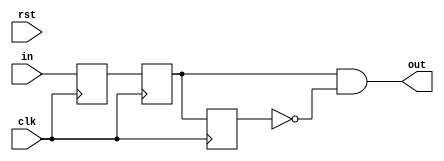
`timescale 1ns / 1ps
//////////////////////////////////////////////////////////////////////////////////
// Company: 
// Engineer: 
// 
// Design Name: 
// Module Name: pulser
// Project Name: 
// Target Devices: 
// Tool Versions: 
// Description: 
// 
// Dependencies: 
// 
// Revision:
// Revision 0.01 - File Created
// Additional Comments:
// 
//////////////////////////////////////////////////////////////////////////////////

module pulser(
    input       clk,
    input       rst,
    input       in,

    output out
    );

   reg r1,r2,r3;
   always @(posedge clk) begin
        r1 <= in;
        r2 <= r1;
        r3 <= r2;
    end
    
    assign out = r2 & ~r3;
endmodule